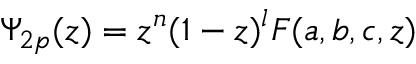
\Psi _ { 2 p } ( z ) = z ^ { n } ( 1 - z ) ^ { l } F ( a , b , c , z )